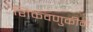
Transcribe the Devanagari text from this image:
शिकवणुकीने